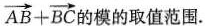
$$\overrightarrow{AB}+ \overrightarrow{BC}$$ 的模的取值范围.